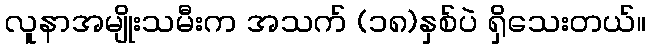
လူနာအမျိုးသမီးက အသက် (၁၈)နှစ်ပဲ ရှိသေးတယ်။